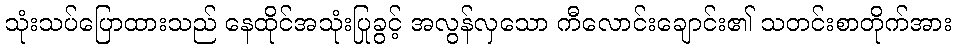
သုံးသပ်ပြောထားသည် နေထိုင်အသုံးပြုခွင့် အလွန်လှသော ကီလောင်းချောင်း၏ သတင်းစာတိုက်အား